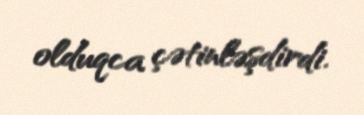
olduqca çətinləşdirdi.